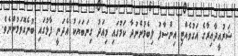
ޝަރުއީދާއިރާގެ އަގުވެއްޓި އިންސާފު ލިބެމުންނުދާ ކަމުގައި މިއަދު ގިނަބަޔަކު އެދަނީ ފާޅުގައި ބުނެގޮވަމުންނެވެ.